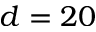
d = 2 0